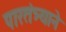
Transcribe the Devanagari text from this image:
पारतंत्र्याने